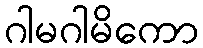
ဂါမဂါမိကော